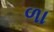
ળા